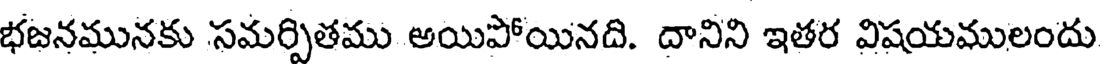
భజనమునకు సమర్పితము అయిపోయినది. దానిని ఇతర విషయములందు